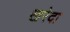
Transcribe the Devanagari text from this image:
खरेदा